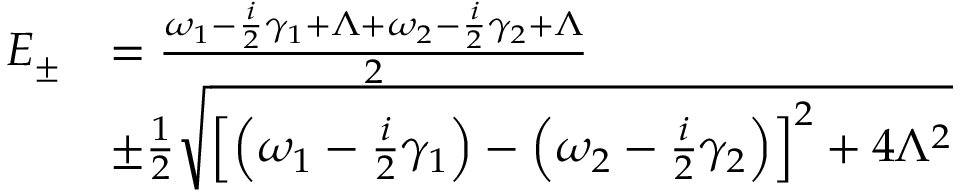
\begin{array} { r l } { E _ { \pm } } & { = \frac { \omega _ { 1 } - \frac { i } { 2 } \gamma _ { 1 } + \Lambda + \omega _ { 2 } - \frac { i } { 2 } \gamma _ { 2 } + \Lambda } { 2 } } \\ & { \pm \frac { 1 } { 2 } \sqrt { \left[ \left( \omega _ { 1 } - \frac { i } { 2 } \gamma _ { 1 } \right) - \left( \omega _ { 2 } - \frac { i } { 2 } \gamma _ { 2 } \right) \right] ^ { 2 } + 4 \Lambda ^ { 2 } } } \end{array}